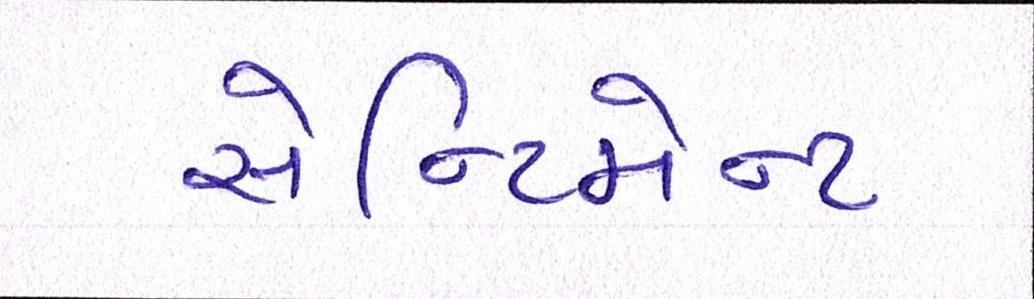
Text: સેન્ટિમેન્ટ